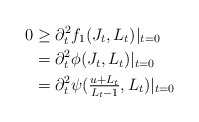
\begin{align*}0&\ge \partial_t^2f_1(J_t,L_t)|_{t=0}\\&=\partial_t^2\phi(J_t,L_t)|_{t=0}\\&=\partial_t^2\psi(\tfrac{u+L_t}{L_t-1},L_t)|_{t=0}\end{align*}